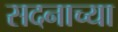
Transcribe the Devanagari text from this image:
सदनाच्या